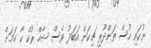
ނުކައި ހުސް ތަންދޫރީ ޗިކަން އަބަދު ވެސް ޝާހް ރުކް ކާ ކަމަށް